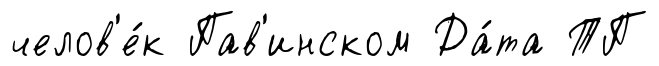
челов'е́к Пав'инском Да́та ТП